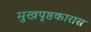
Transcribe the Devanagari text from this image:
मुखपृष्ठकारास